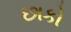
છાકો